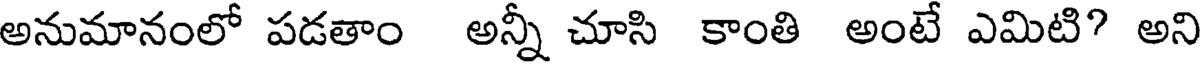
అనుమానంలో పడతాం అన్నీ చూసి కాంతి అంటే ఎమిటి? అని